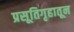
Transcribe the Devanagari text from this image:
प्रसूतिगृहातून